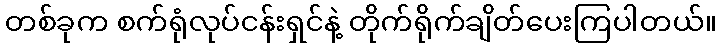
တစ်ခုက စက်ရုံလုပ်ငန်းရှင်နဲ့ တိုက်ရိုက်ချိတ်ပေးကြပါတယ်။